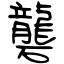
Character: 礱